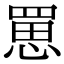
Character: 罳